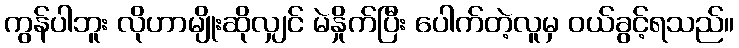
ကွန်ပါဘူး လိုဟာမျိုးဆိုလျှင် မဲနှိုက်ပြီး ပေါက်တဲ့လူမှ ဝယ်ခွင့်ရသည်။